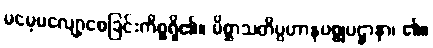
မမေ့မလျော့စေခြင်းကိစ္စရှိ၏။ မိစ္ဆာသတိပ္ပဟာနပစ္စုပဋ္ဌာနာ၊ ၏။